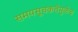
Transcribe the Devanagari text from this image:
समयसूचकतेमुळेच